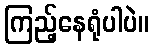
ကြည့်နေရုံပါပဲ။